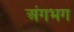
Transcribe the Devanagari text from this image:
अंगभग